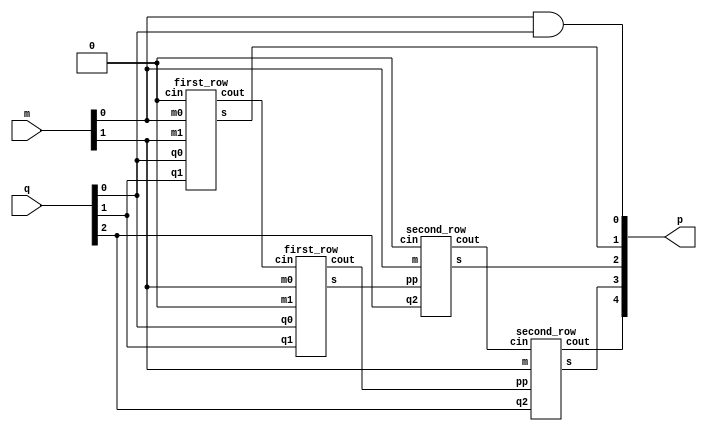


module two_3_multiplier (

input [1:0] m,
input [2:0] q,
output [4:0] p

);


//wire aWire = 1'b0;
wire link1,link2,link3,link4;
assign p[0] =m[0] & q[0];
//and(p[0],m[0],q[0]);


first_row r1 (

        .cin (1'b0),
        .m0 (m[0]),
        .m1 (m[1]),
	     .q0 (q[0]),
	     .q1 (q[1]),
        .s (p[1]),
        .cout (link1)
);
		  





first_row r2 (

        .cin (link1),
        .m0 (m[1]),
        .m1 (1'b0),
	     .q0 (q[0]),
	     .q1 (q[1]),
        .s (link3),
        .cout (link2)

);


  
second_row sr1 (

        .cin (1'b0),
        .m (m[0]),
	     .q2 (q[2]),
	     .pp (link3),
        .s (p[2]),
        .cout (link4)



);

second_row sr2 (

        .cin (link4),
        .m (m[1]),
	     .q2 (q[2]),
	     .pp (link2),
        .s (p[3]),
        .cout (p[4])

);
endmodule

module first_row (

    input    cin,
    input     m0,
    input     m1,
	 input     q0,
	 input     q1,
    output    s,
    output  cout
	 );
	 
	 wire linkA,linkB;
	assign linkA= m0 & q1;
	// and(linkA,m0,q1);
	assign linkB= m1 & q0;
	//and(linkB,m1,q0);
	 
	 
	 Adder1Bit theAdder (
   .cin (cin ),
   .a   (linkA ),
   .b   (linkB ),
   .sum (s ),
   .cout(cout)
);
	 
endmodule
	 
	 
module second_row (

    input    cin,
    input     m,
	 input     q2,
	 input     pp,
    output  s,
    output  cout
	 );
	 
	 wire linkA;
	 
	assign linkA= m & q2;
	// and(linkA,m,q2);
	 
	 
	 Adder1Bit theAdder (
   .cin (cin ),
   .a   (linkA ),
   .b   (pp ),
   .sum (s ),
   .cout(cout)
);
	 
endmodule

 /* 4-Bit Full Adder
 * ----------------
 *
 * The module is a simple 4-bit Full Adder which has been
 * built in Verilog using Gate-Level 1-bit full adders.
 *
 */
 
module Adder4Bit (
    // Declare input and output ports
    input        cin,
    input  [3:0] a,
    input  [3:0] b,
    output [3:0] sum,
    output       cout
);

    // Internal carry signal between full adders
    wire [2:0] carry;
    
    // Instantiate full adders for bits 0 to 3
    Adder1Bit bit0 (
        .cin (cin     ),
        .a   (a    [0]),
        .b   (b    [0]),
        .sum (sum  [0]),
        .cout(carry[0])
    );
    
    Adder1Bit bit1 (
        .cin (carry[0]),
        .a   (a    [1]),
        .b   (b    [1]),
        .sum (sum  [1]),
        .cout(carry[1])
    );
    
    Adder1Bit bit2 (
        .cin (carry[1]),
        .a   (a    [2]),
        .b   (b    [2]),
        .sum (sum  [2]),
        .cout(carry[2])
    );
    
    Adder1Bit bit3 (
        .cin (carry[2]),
        .a   (a    [3]),
        .b   (b    [3]),
        .sum (sum  [3]),
        .cout(cout    )
    );

endmodule

/*
 * Gate Level 1-Bit Full Adder
 * ---------------------------
 *
 * This is a basic Full-Adder circuit built in Verilog using
 * built-in primitives. This is a basic example of Gate Level
 * design.
 *
 */
 

module Adder1Bit (
    // Declare input and output ports
    input  a,
    input  b,
    input  cin,
    output cout,
    output sum
);
    // Declare several single-bit wires that we can
    // use to interconnect the gates. You can use
    // any name you like as long as it contains only
    // a-z, A-Z, underscore (_), and 0-9. Names can't
    // start with a digit.
    wire link1,link2,link3;

    // Instantiate gates to calculate sum output
    xor(link1,a,b);
    xor(sum,link1,cin);

    // Instantiate gates to calculate carry (cout) output
    and(link2,a,b);
    and(link3,cin,link1);
    or (cout,link2,link3);

endmodule